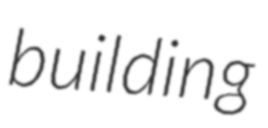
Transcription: building